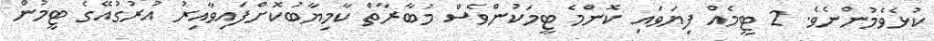
ކުޅެވެމުންނެވެ. 2 ޓީމެއް ފިޔަވައި ކޮންމެ ޓީމަކުންވެސް މުބާރާތް ކާމިޔާބުކޮށްފައިވާއިރު އުރުގުއޭގެ ޓީމުން